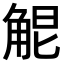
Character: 𧣤